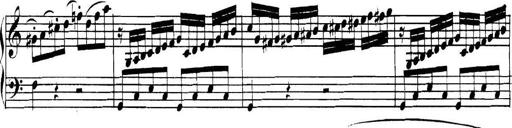
Title: Collected Piano Sonatas
Composer: Muzio Clementi